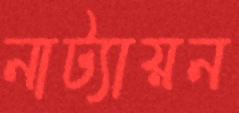
নাট্যায়ন